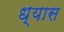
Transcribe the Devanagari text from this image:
ध्‍यास